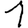
Digit: 1